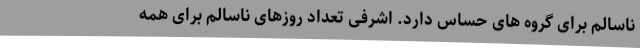
ناسالم برای گروه های حساس دارد. اشرفی تعداد روزهای ناسالم برای همه